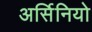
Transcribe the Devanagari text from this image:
अर्सिनियो